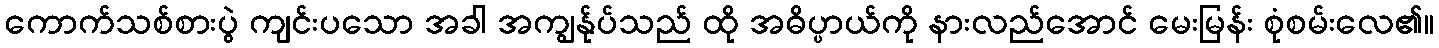
ကောက်သစ်စားပွဲ ကျင်းပသော အခါ အကျွန်ုပ်သည် ထို အဓိပ္ပာယ်ကို နားလည်အောင် မေးမြန်း စုံစမ်းလေ၏။